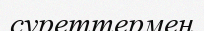
суреттермен